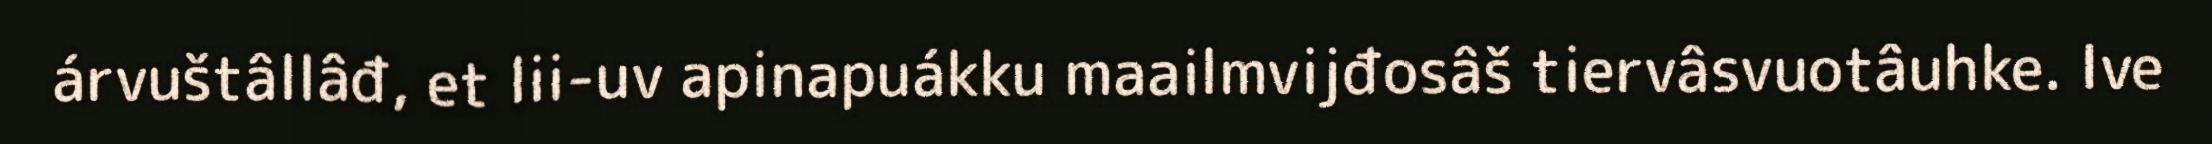
árvuštâllâđ, et lii-uv apinapuákku maailmvijđosâš tiervâsvuotâuhke. Ive